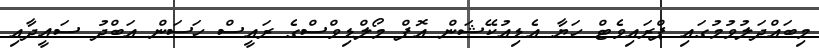
މިބައްދަލުވުމުގައި ޕްރައިވެޓް ހަޔާ އެޑިއުކޭޝަން އޮފް މޯލްޑިވްސްގެ ރައީސް ހަސަން އަބްދު ސައީދާއި